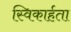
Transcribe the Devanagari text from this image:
स्विकार्हता